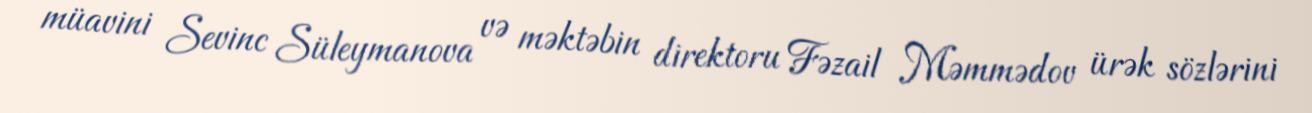
müavini Sevinc Süleymanova və məktəbin direktoru Fəzail Məmmədov ürək sözlərini